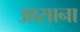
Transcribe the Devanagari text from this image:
आसाना